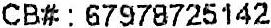
CB# : 67978725142